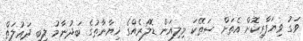
ވަގު ވިޔަފާރިކޮށް އެތަށް ސަތޭކަ މިލިއަން ޑޮލަރެއްގެ ޚިޔާނާތުގެ ބަދުނާމު ލިބި ދަޢުލަތް